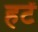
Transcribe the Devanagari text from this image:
हटें